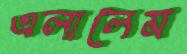
এলালেম